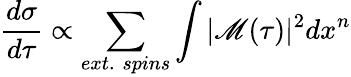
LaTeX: \frac{d\sigma}{d\tau}\propto\sum_{ext.\; spins}\int|\mathscr{M}(\tau)|^{2}dx^{n}